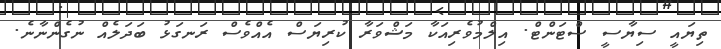
ތިޔައީ ސިޔާސީ ސްޓަންޓް. އިލްމުވެރިއަކާ މަޝްވަރާ ކުރިޔަސް އެއްވެސް ރަނގަޅު ބަދަލެއް ނުގެންނާނެ.